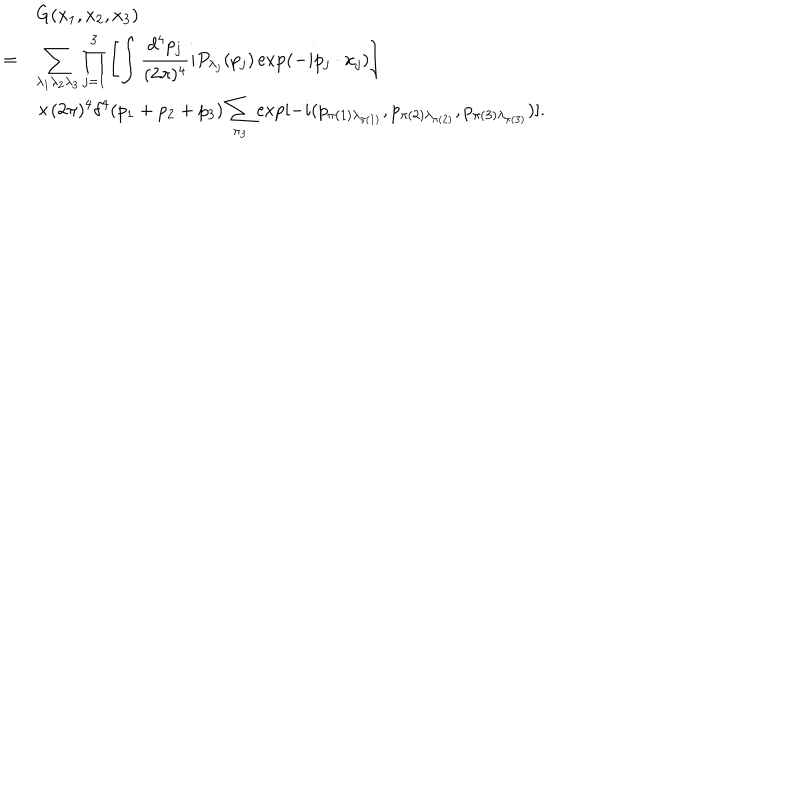
LaTeX: \begin{array} { r l } { { } } & { { G ( x _ { 1 } , x _ { 2 } , x _ { 3 } ) } } \\ { { = } } & { { \displaystyle \sum _ { \lambda _ { 1 } \lambda _ { 2 } \lambda _ { 3 } } \prod _ { j = 1 } ^ { 3 } \left[ \int \frac { d ^ { 4 } p _ { j } } { ( 2 \pi ) ^ { 4 } } i P _ { \lambda _ { j } } ( p _ { j } ) \exp ( - i p _ { j } \cdot x _ { j } ) \right] } } \\ { { } } & { { \displaystyle \times ( 2 \pi ) ^ { 4 } \delta ^ { 4 } ( p _ { 1 } + p _ { 2 } + p _ { 3 } ) \sum _ { \pi _ { 3 } } \exp [ - i ( p _ { \pi ( 1 ) \lambda _ { \pi ( 1 ) } } , p _ { \pi ( 2 ) \lambda _ { \pi ( 2 ) } } , p _ { \pi ( 3 ) \lambda _ { \pi ( 3 ) } } ) ] . } } \\ \end{array}